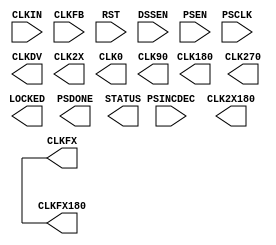
module DCM
  (
   CLKIN,
   CLKFB,
   RST,
   DSSEN,
   PSINCDEC,
   PSEN,
   PSCLK,
   CLKFX,
   CLKFX180,
   CLKDV,
   CLK2X,
   CLK2X180,
   CLK0,
   CLK90,
   CLK180,
   CLK270,
   LOCKED,
   PSDONE,
   STATUS
   );

   parameter CLKFX_MULTIPLY = 0;
   parameter CLKFX_DIVIDE = 0;
   parameter CLKIN_PERIOD = 0;
   parameter CLK_FEEDBACK = "NONE";

   input CLKIN;
   input CLKFB;
   input RST;
   input DSSEN;
   input PSINCDEC;
   input PSEN;
   input PSCLK;
   output CLKFX;
   output CLKFX180;
   output CLKDV;
   output CLK2X;
   output CLK2X180;
   output CLK0;
   output CLK90;
   output CLK180;
   output CLK270;
   output LOCKED;
   output PSDONE;
   output STATUS;



   reg    clk;

   initial
     clk = 0;

   always #7.8125
     clk <= !clk;

   assign CLKFX = clk;
   assign CLKFX180 = !clk;

endmodule